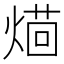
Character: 𤌚